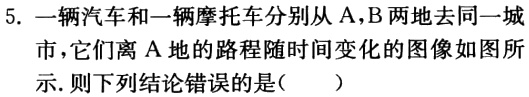
5. 一辆汽车和一辆摩托车分别从 A，B 两地去同一城市，它们离 A 地的路程随时间变化的图像如图所示. 则下列结论错误的是（  ）